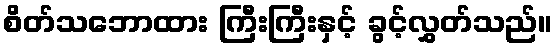
စိတ်သဘောထား ကြီးကြီးနှင့် ခွင့်လွှတ်သည်။